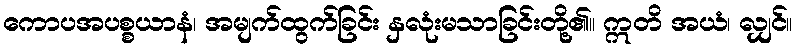
ကောပအပစ္စယာနံ၊ အမျက်ထွက်ခြင်း နှလုံးမသာခြင်းတို့၏။ ဣတိ အယံ၊ လျှင်။